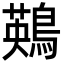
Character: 鶧